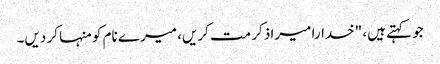
جو کہتے ہیں، "خدارا میرا ذکر مت کریں، میرے نام کو منہا کر دیں۔